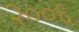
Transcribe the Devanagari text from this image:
२००६